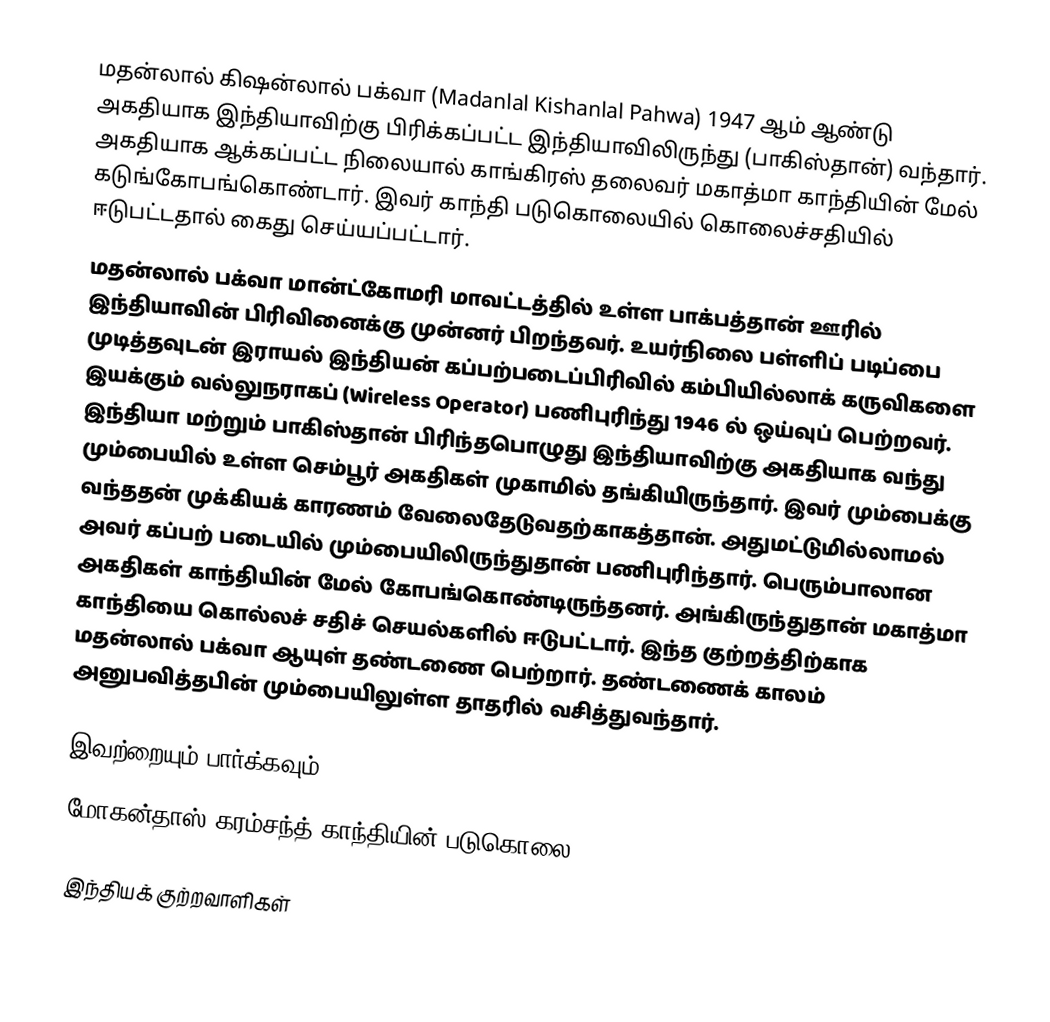
மதன்லால் கிஷன்லால் பக்வா (Madanlal Kishanlal Pahwa) 1947 ஆம் ஆண்டு அகதியாக இந்தியாவிற்கு  பிரிக்கப்பட்ட இந்தியாவிலிருந்து (பாகிஸ்தான்) வந்தார். அகதியாக ஆக்கப்பட்ட நிலையால் காங்கிரஸ் தலைவர் மகாத்மா காந்தியின் மேல் கடுங்கோபங்கொண்டார்.  இவர்  காந்தி படுகொலையில் கொலைச்சதியில் ஈடுபட்டதால் கைது செய்யப்பட்டார்.
மதன்லால் பக்வா  மான்ட்கோமரி  மாவட்டத்தில் உள்ள பாக்பத்தான் ஊரில் இந்தியாவின் பிரிவினைக்கு முன்னர் பிறந்தவர். உயர்நிலை பள்ளிப் படிப்பை முடித்தவுடன் இராயல் இந்தியன் கப்பற்படைப்பிரிவில் கம்பியில்லாக் கருவிகளை இயக்கும் வல்லுநராகப்  (Wireless Operator) பணிபுரிந்து 1946 ல் ஒய்வுப் பெற்றவர். இந்தியா மற்றும் பாகிஸ்தான் பிரிந்தபொழுது இந்தியாவிற்கு அகதியாக வந்து மும்பையில் உள்ள செம்பூர் அகதிகள் முகாமில் தங்கியிருந்தார். இவர் மும்பைக்கு வந்ததன் முக்கியக் காரணம் வேலைதேடுவதற்காகத்தான். அதுமட்டுமில்லாமல் அவர் கப்பற் படையில் மும்பையிலிருந்துதான் பணிபுரிந்தார். பெரும்பாலான அகதிகள் காந்தியின் மேல் கோபங்கொண்டிருந்தனர். அங்கிருந்துதான் மகாத்மா காந்தியை கொல்லச் சதிச் செயல்களில் ஈடுபட்டார். இந்த குற்றத்திற்காக மதன்லால் பக்வா ஆயுள் தண்டணை பெற்றார். தண்டணைக் காலம் அனுபவித்தபின் மும்பையிலுள்ள தாதரில் வசித்துவந்தார்.

இவற்றையும் பார்க்கவும்
 மோகன்தாஸ் கரம்சந்த் காந்தியின் படுகொலை

இந்தியக் குற்றவாளிகள்